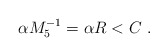
\begin{align*}\alpha M_5^{-1} = \alpha R < C \ .\end{align*}